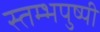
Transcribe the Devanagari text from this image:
स्तम्भपुष्पी